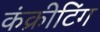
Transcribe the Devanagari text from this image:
कंक्रीटिंग